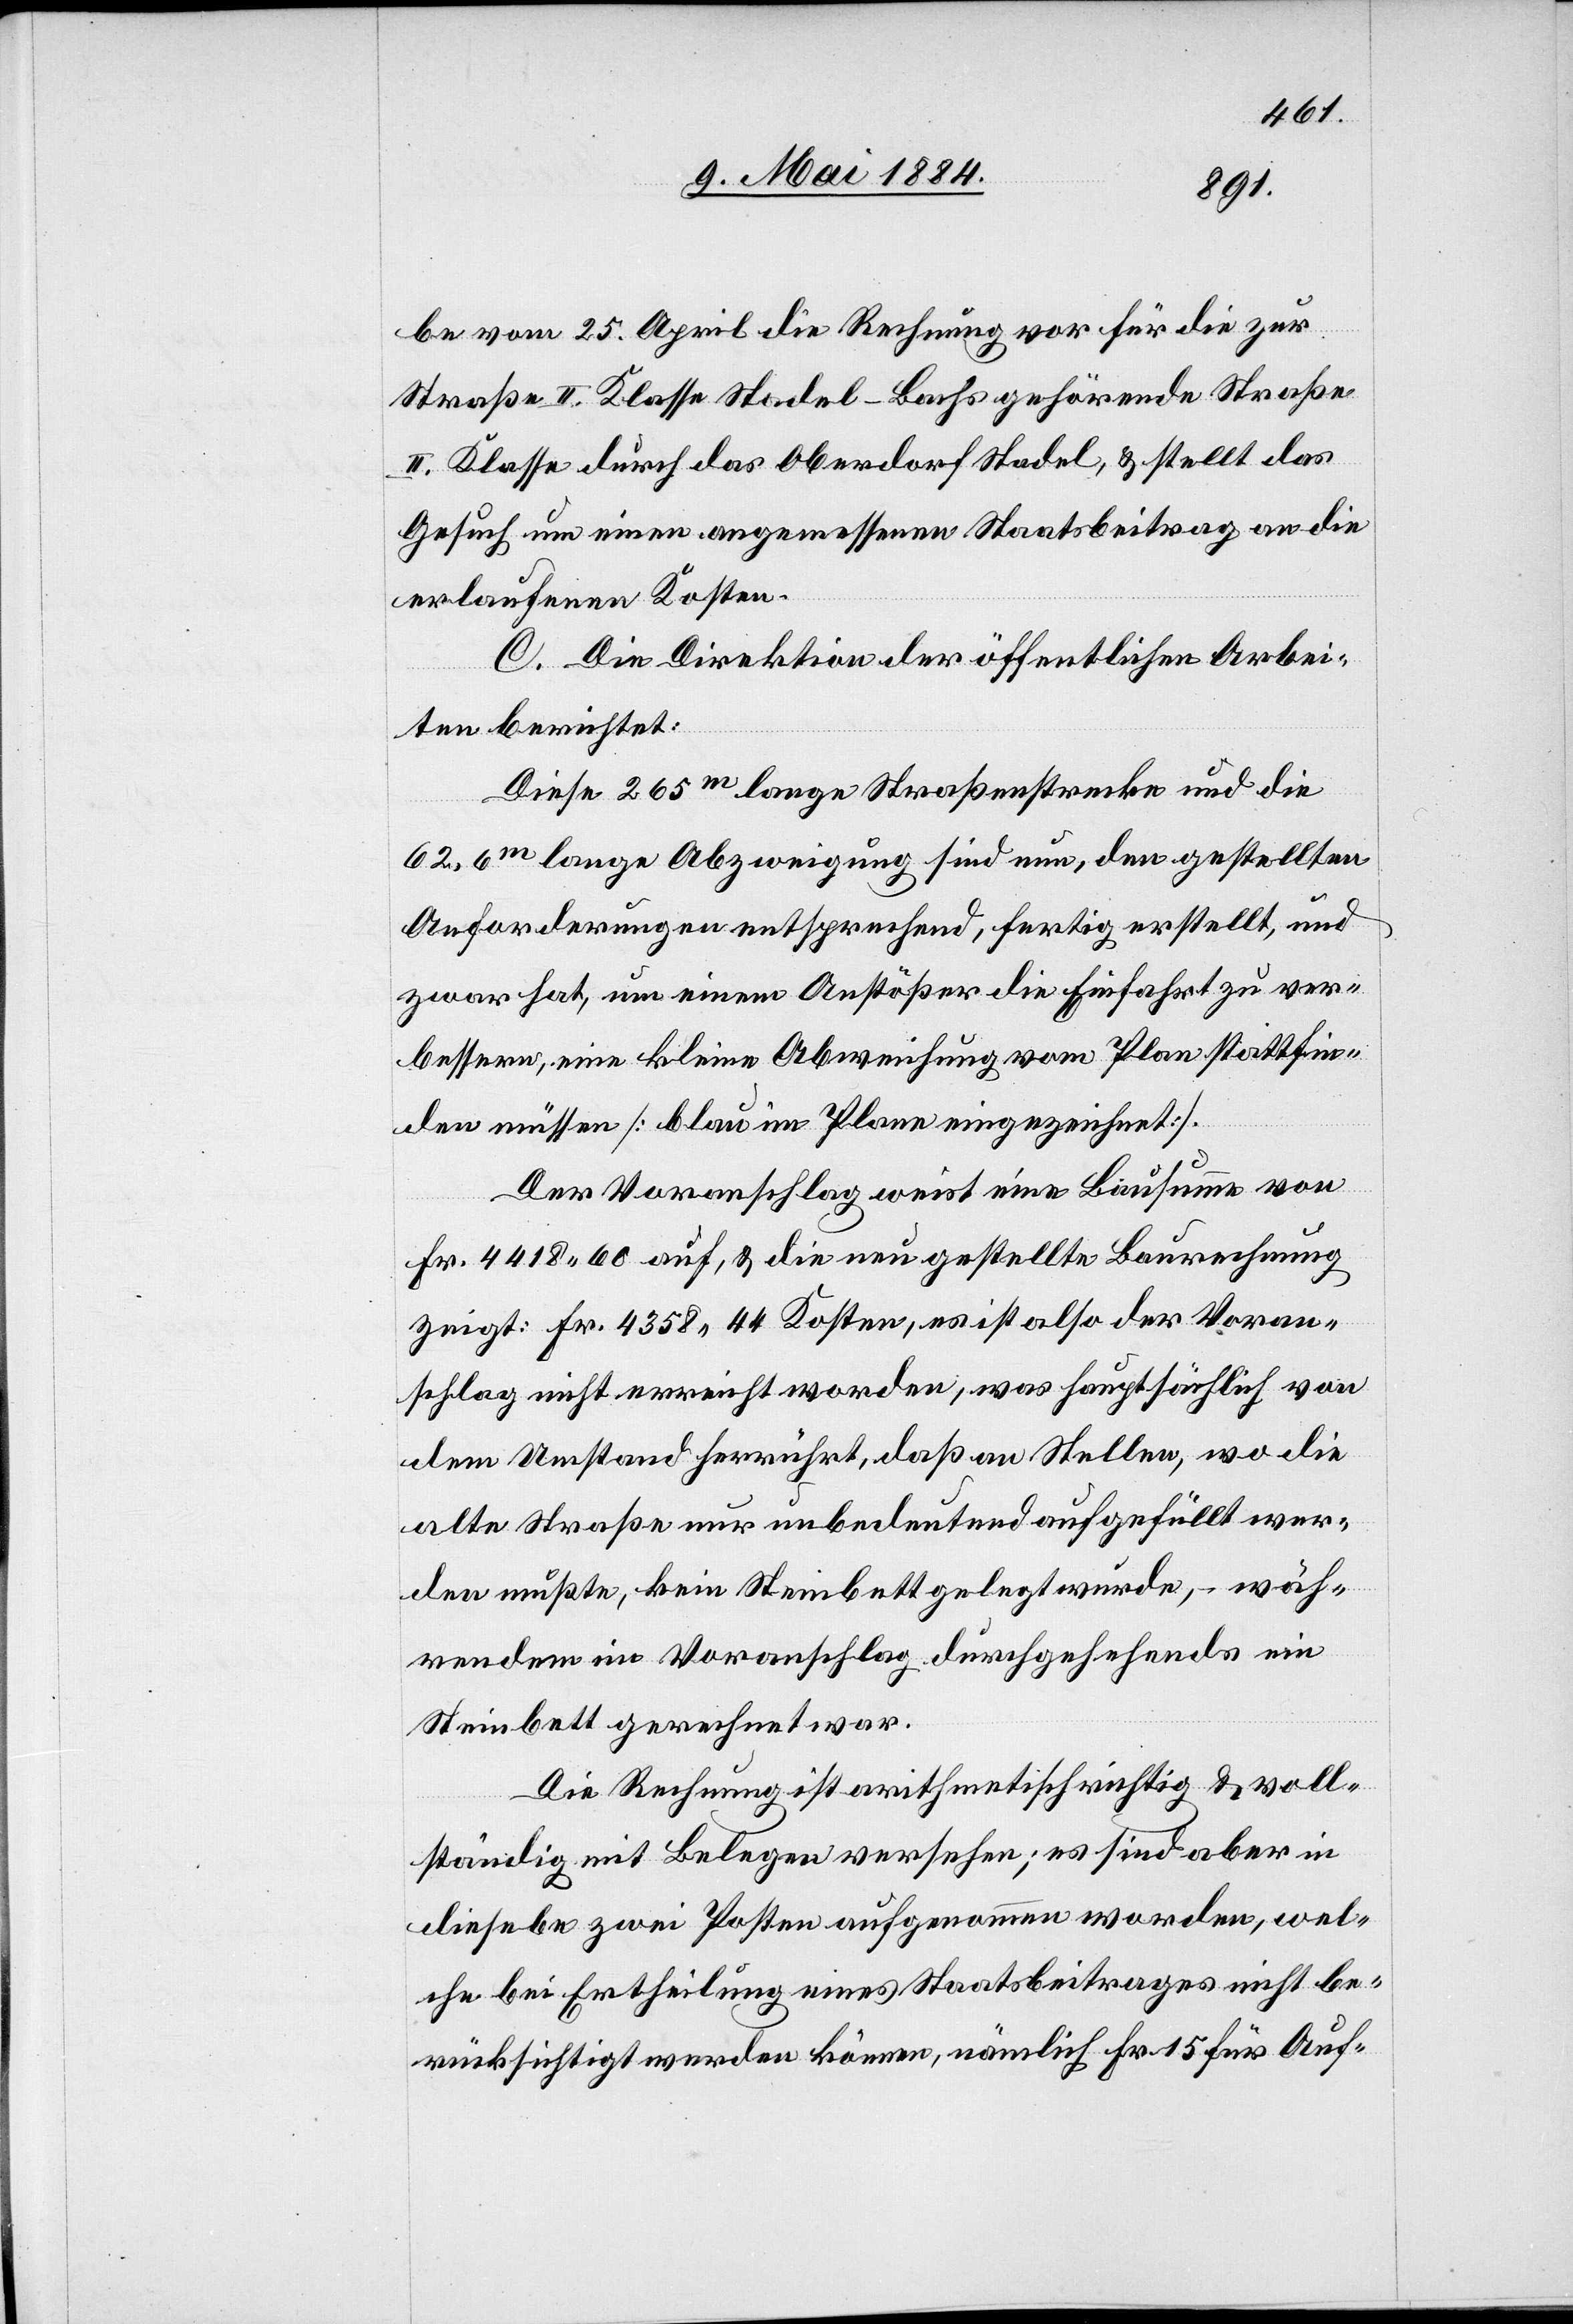
be vom 25. April die Rechnung vor für die zur
Straße II. Klasse Stadel–Bachs gehörende Straße
II. Klasse durch das Oberdorf Stadel, & stellt das
Gesuch um einen angemessenen Staatsbeitrag an die
erlaufenen Kosten.
C. Die Direktion der öffentlichen Arbei¬
ten berichtet:
Diese 265m lange Straßenstrecke und die
62,6m lange Abzweigung sind nun, den gestellten
Anforderungen entsprechend, fertig erstellt, und
zwar hat, um einem Anstößer die Einfahrt zu ver¬
bessern, eine kleine Abweichung vom Plan stattfin¬
den müssen [blau im Plane eingezeichnet].
Der Voranschlag weist eine Bausumme von
Fr. 4418 60 auf, & die neu gestellte Baurechnung
zeigt: Fr. 4358 44 Kosten, es ist also der Voran¬
schlag nicht erreicht worden, was hauptsächlich von
dem Umstand herrührt, daß an Stellen, wo die
alte Straße nur unbedeutend aufgefüllt wer¬
den mußte, kein Steinbett gelegt wurde, – wäh¬
rend[d]em im Voranschlag durchgehends ein
Steinbett gerechnet war.
Die Rechnung ist arithmetisch richtig & voll¬
ständig mit Belegen versehen; es sind aber in
diese[l]be zwei Posten aufgenommen worden, wel¬
che bei Ertheilung eines Staatsbeitrages nicht be¬
rücksichtigt werden können, nämlich Fr. 15 für Auf-